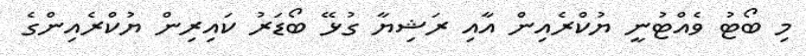
މި ބޯޓު ވެއްޓުނީ ޔުކްރެއިން އާއި ރަޝިޔާ ގުޅޭ ބޯޑަރު ކައިރިން ޔުކްރެއިންގެ